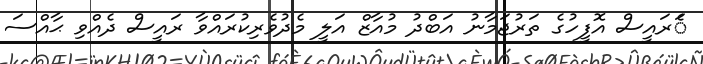
ެަރައީސް އޮފީހުގެ ތަރުޖަމާނު އަބްދު މުއާޒް އަލީ މެދުވެރިކުރައްވާ ރައީސް ދެއްވި ޙާއްސަ